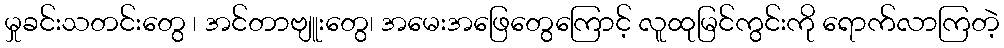
မှုခင်းသတင်းတွေ ၊ အင်တာဗျူးတွေ၊ အမေးအဖြေတွေကြောင့် လူထုမြင်ကွင်းကို ရောက်လာကြတဲ့